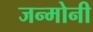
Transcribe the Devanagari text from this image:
जन्मोनी